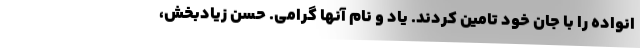
انواده را با جان خود تامين كردند. ياد و نام آنها گرامي. حسن زيادبخش،